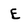
Character: E